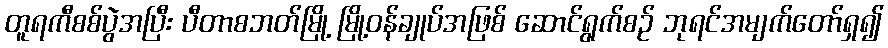
တူရကီစစ်ပွဲအပြီး ပီတာစဘတ်မြို့ မြို့ဝန်ချုပ်အဖြစ် ဆောင်ရွက်စဉ် ဘုရင်အမျက်တော်ရှ၍